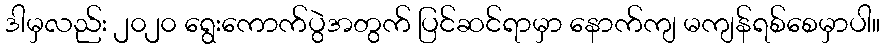
ဒါမှလည်း ၂၀၂၀ ရွေးကောက်ပွဲအတွက် ပြင်ဆင်ရာမှာ နောက်ကျ မကျန်ရစ်စေမှာပါ။